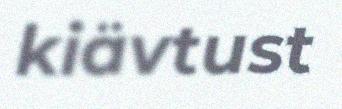
kiävtust